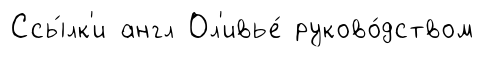
Ссы́лк'и англ Ол'ивье́ руково́дством